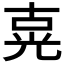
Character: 𰃍